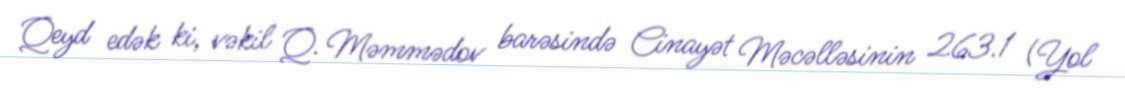
Qeyd edək ki, vəkil Q. Məmmədov barəsində Cinayət Məcəlləsinin 263.1 (Yol